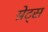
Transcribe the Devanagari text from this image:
ग्रेट्स